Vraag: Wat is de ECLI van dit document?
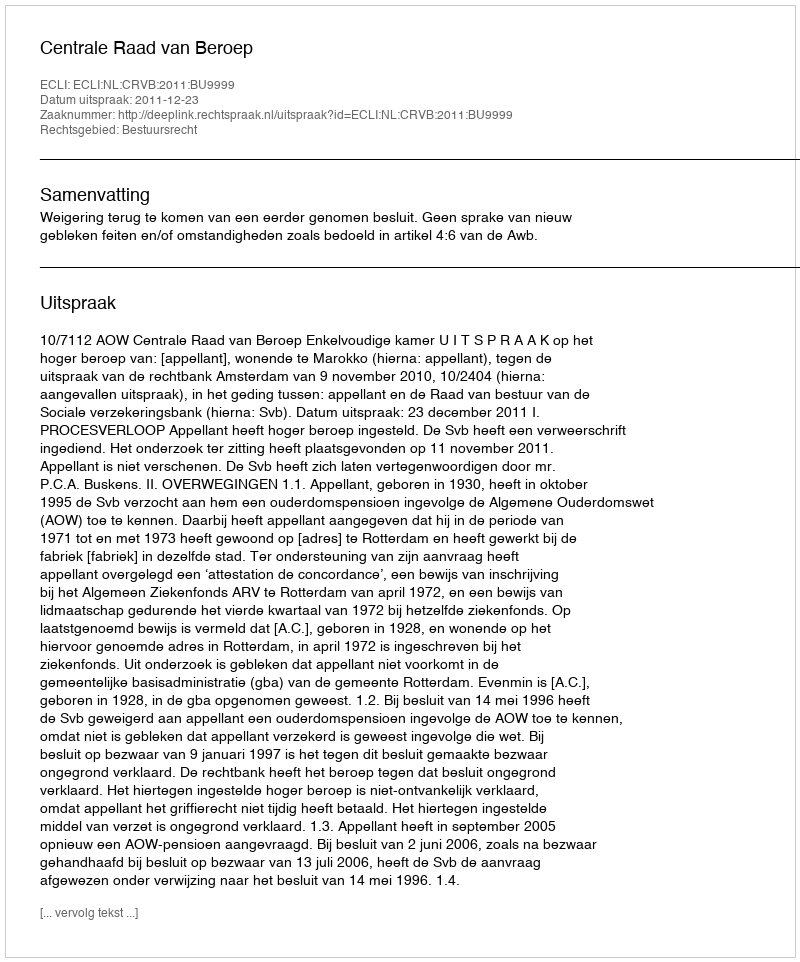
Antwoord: ECLI:NL:CRVB:2011:BU9999